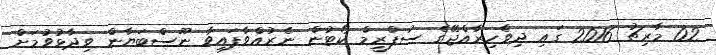
02 މާރިޗު 2016 ގައި ދިވެހިރާއްޖޭގެ ސުޕްރީމް ކޯޓުން ނެރުއްވާފައިވާ ނޫސްބަޔާން ވިދާޅުވުމަށް